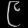
Digit: ၉